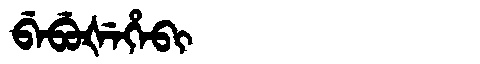
Manchu: ᠪᡝᠪᡠᡧᡝᡥᡝᠪᡳ
Romanization: BEBUŠEHEBI